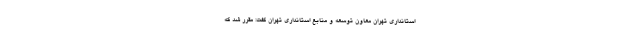
استانداری تهران معاون توسعه و منابع استانداری تهران گفت: مقرر شد که